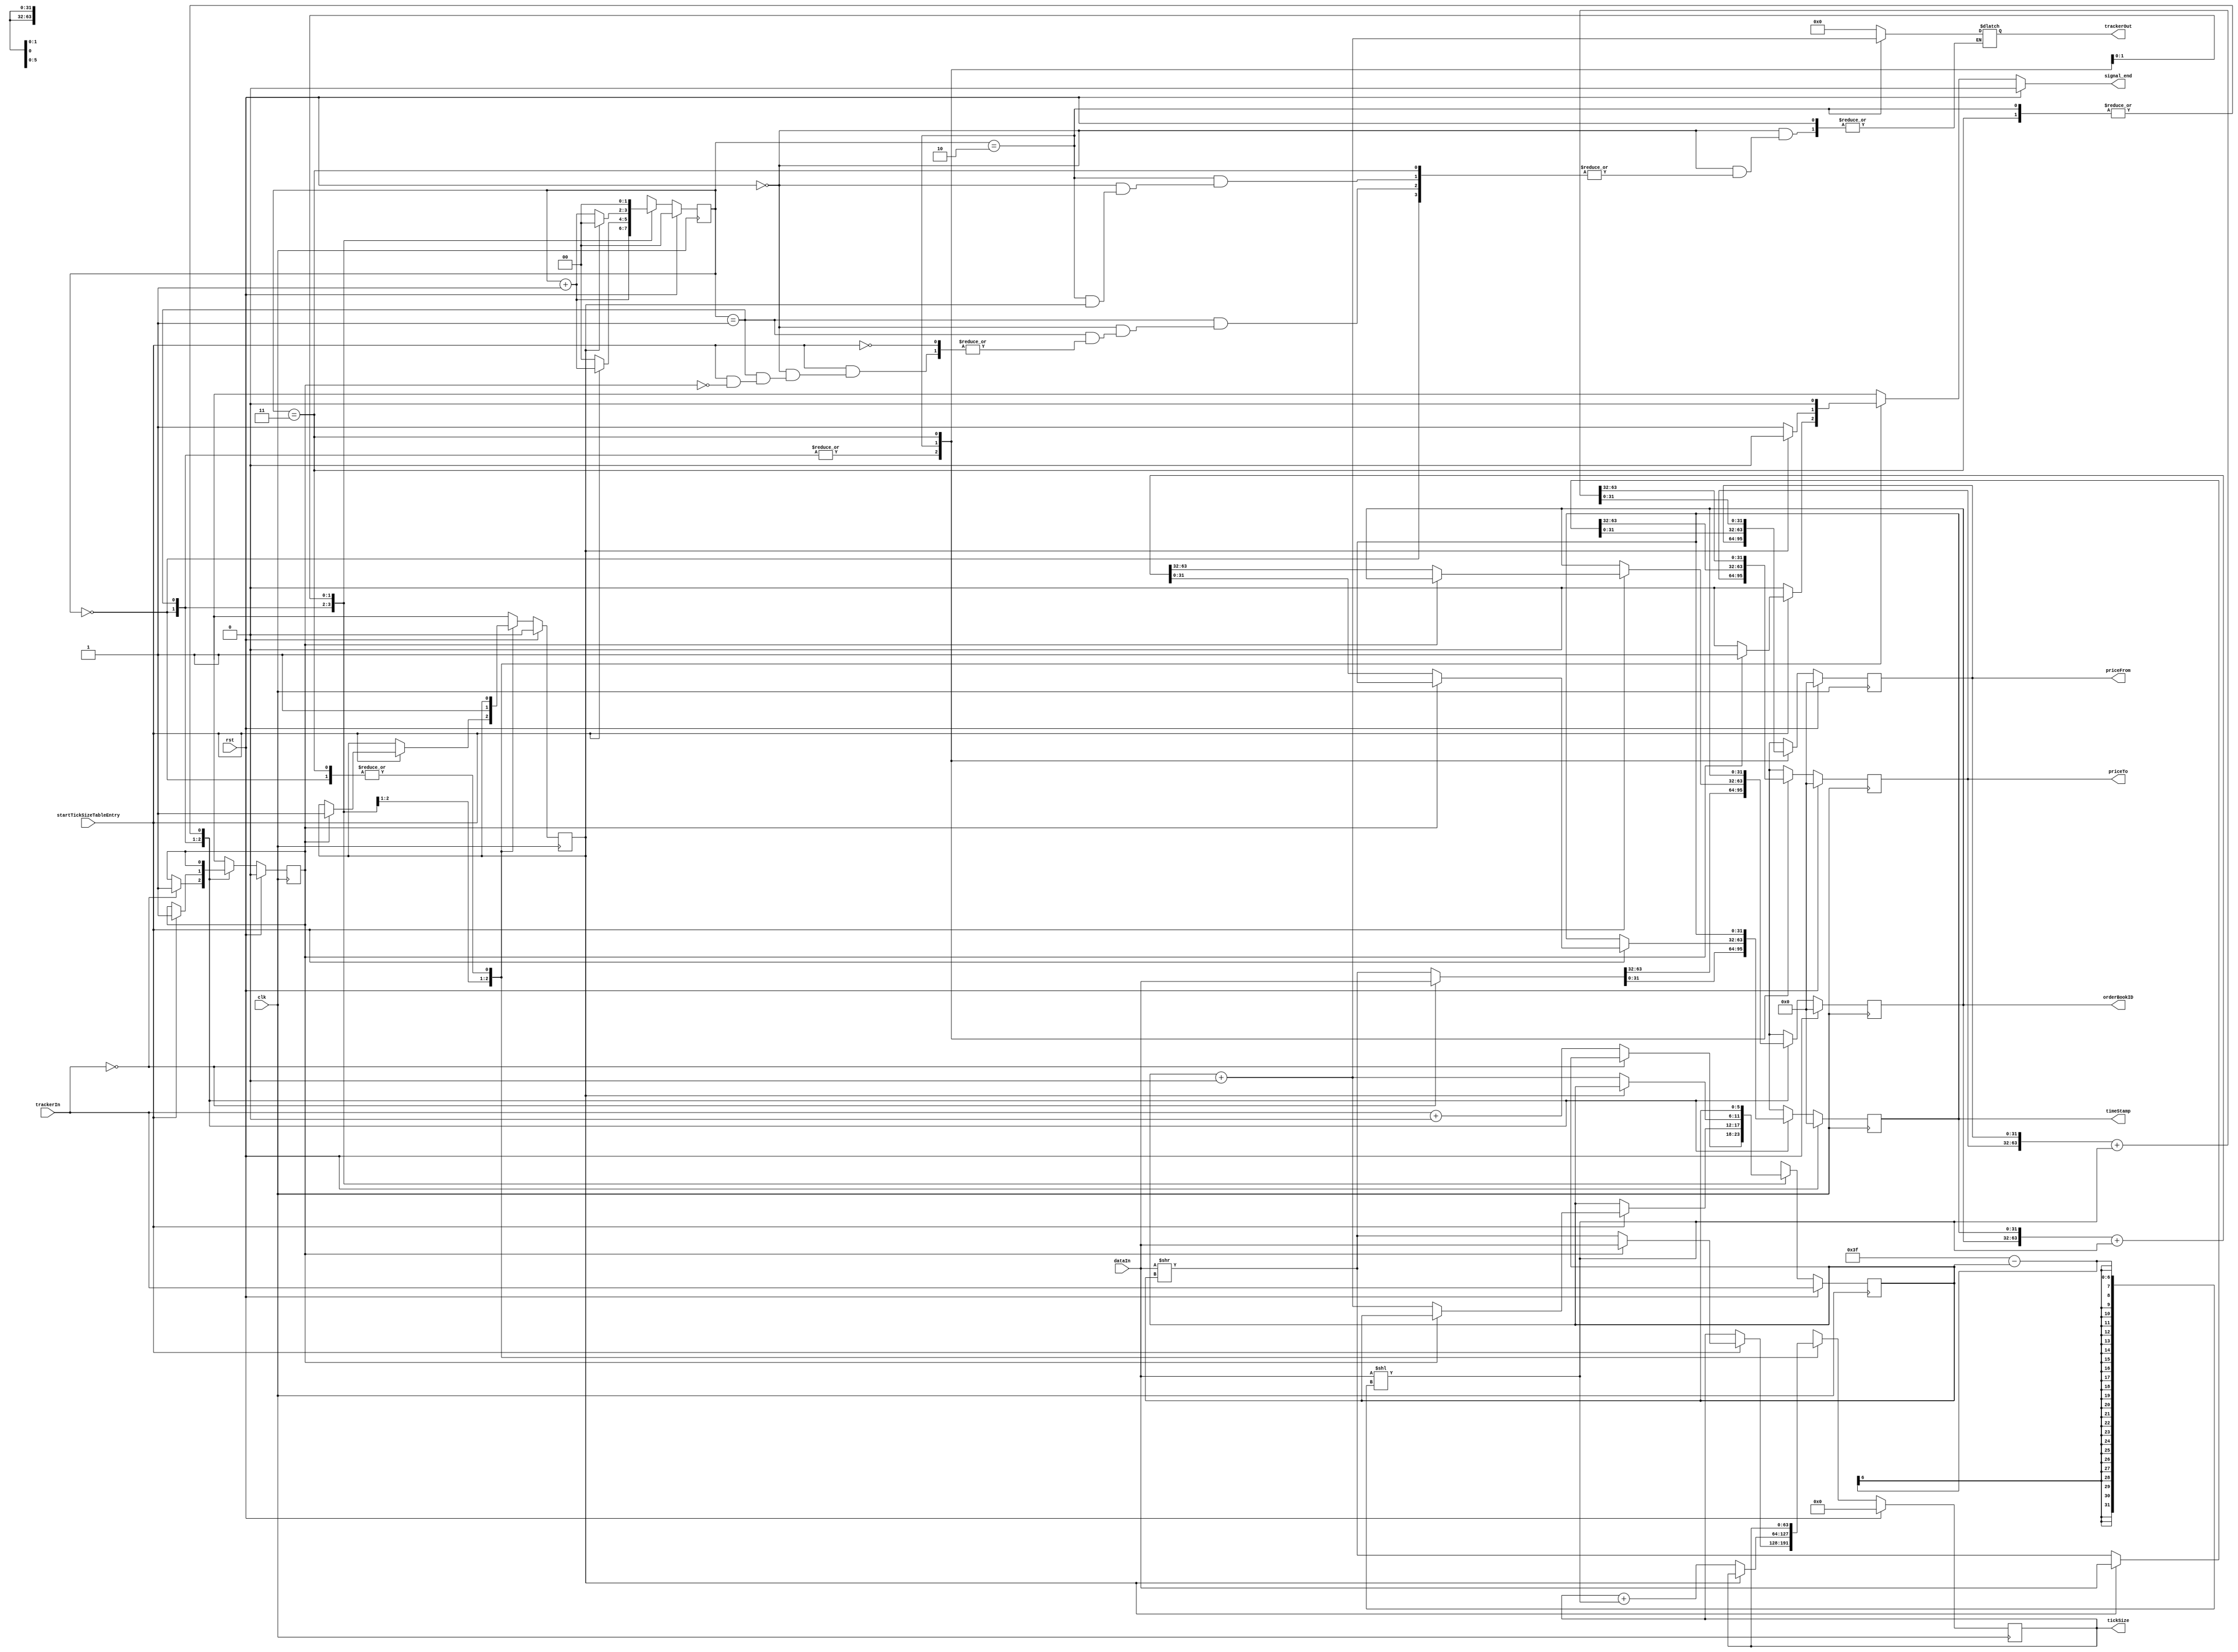
module tickSizeTableEntryParser (
    input clk, rst,
    input [63:0] dataIn,
    input startTickSizeTableEntry,
    input [5:0] trackerIn,
    output reg signal_end,
    output reg [5:0] trackerOut,
    output reg [31:0] timeStamp,
    output reg [31:0] orderBookID,
    output reg [63:0] tickSize,
    output reg [31:0] priceFrom,
    output reg [31:0] priceTo
);
// transition registers
reg [1:0] counter, counterNext;
reg [5:0] tracker, trackerNext;
// field registers
reg [31:0] timeStampNext;
reg [31:0] orderBookIDNext;
reg [63:0] tickSizeNext;
reg [31:0] priceFromNext;
reg [31:0] priceToNext;
// valid registers
reg timeStampValid, timeStampValidNext;
reg orderBookIDValid, orderBookIDValidNext;
reg tickSizeValid, tickSizeValidNext;
reg priceFromValid, priceFromValidNext;
reg priceToValid, priceToValidNext;

always @(posedge clk) begin
    // transition registers
    tracker <= trackerNext;
    counter <= counterNext;
    // field registers
    timeStamp <= timeStampNext;
    orderBookID <= orderBookIDNext;
    tickSize <= tickSizeNext;
    priceFrom <= priceFromNext;
    priceTo <= priceToNext;
    // valid registers
    timeStampValid <= timeStampValidNext;
    orderBookIDValid <= orderBookIDValidNext;
    tickSizeValid <= tickSizeValidNext;
    priceFromValid <= priceFromValidNext;
    priceToValid <= priceToValidNext;
end

always @* begin
    // transition registers
    trackerNext = tracker;
    counterNext = counter;
    signal_end = 0;
    // field registers
    timeStampNext = timeStamp;
    orderBookIDNext = orderBookID;
    tickSizeNext = tickSize;
    priceFromNext = priceFrom;
    priceToNext = priceTo;
    // valid registers
    timeStampValidNext = timeStampValid;
    orderBookIDValidNext = orderBookIDValid;
    tickSizeValidNext = tickSizeValid;
    priceFromValidNext = priceFromValid;
    priceToValidNext = priceToValid;

    if (rst) begin
        // transition registers
        counterNext = 0;
        trackerNext = trackerIn;
        signal_end = 0;
        // field registers
        timeStampNext = 32'h0;
        orderBookIDNext = 64'h0;
        tickSizeNext = 64'h0;
        priceFromNext = 32'h0;
        priceToNext = 32'h0;
        // valid registers
        timeStampValidNext = 0;
        orderBookIDValidNext = 0;
        tickSizeValidNext = 0;
        priceFromValidNext = 0;
        priceToValidNext = 0;
    end else begin
        case (counter)
            0: begin
                if(trackerIn == 0)begin
                    {orderBookIDNext, timeStampNext} = dataIn;
                    timeStampValidNext = 1;
                    orderBookIDValidNext = 1;
                end
                else begin
                    {orderBookIDNext, timeStampNext} = dataIn >> tracker;
                    trackerNext = trackerIn + 64;
                end
                counterNext = counter + 1; 
            end
            1: begin
                if(startTickSizeTableEntry) begin
                    if(orderBookIDValid) begin
                        tickSizeNext = dataIn;
                        tickSizeValidNext = 1;
                        //SIGNAL TO END.
                        trackerOut = 0;
                        signal_end = 1;
                    end
                    else begin
                        {orderBookIDNext, timeStampNext} = {orderBookID, timeStamp} + (dataIn << (64-1-tracker));
                        timeStampValidNext = 1;
                        orderBookIDValidNext = 1;
                        tickSizeNext = dataIn >> tracker;
                        trackerNext = tracker + 64;
                    end
                    counterNext = counter + 1;
                end
                else begin
                    counterNext = 0;
                end
            end
            2: begin
                if (tickSizeValid) begin
                    {priceToNext, priceFromNext} = dataIn;
                    priceFromValidNext = 1;
                    priceToValidNext = 1;
                    counterNext = 0; //GO TO INITAL STATE.
                end
                else begin
                    tickSizeNext = tickSize + (dataIn << (64-1-tracker));
                    tickSizeValidNext = 1;
                    {priceToNext, priceFromNext} = dataIn >> tracker;
                    trackerNext = tracker + 64;
                    counterNext = counter + 1;
                    //SIGNAL TO END.
                    trackerOut = tracker + 64;
                    signal_end = 1;
                end
            end
            3: begin
                {priceToNext, priceFromNext} = {priceTo, priceFrom} + (dataIn << (64-1-tracker));
                priceFromValidNext = 1;
                priceToValidNext = 1;
                counterNext = 0; //GO TO INITAL STATE.
            end 
        endcase
    end
end
    
endmodule